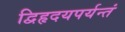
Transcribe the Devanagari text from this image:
द्विहृदयपर्यन्तं